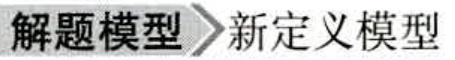
解题模型 \(\rightharpoonup\) 新定义模型